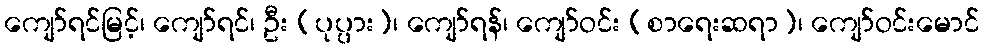
ကျော်ရင်မြင့်၊ ကျော်ရင်၊ ဦး (ပုပ္ပား)၊ ကျော်ရန်၊ ကျော်ဝင်း (စာရေးဆရာ)၊ ကျော်ဝင်းမောင်